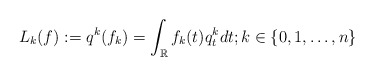
\begin{align*}L_{k}(f):=q^k(f_k)=\int_{\mathbb{R}}f_k(t)q_t^kdt ;k\in\{0,1,\dots, n\}\end{align*}